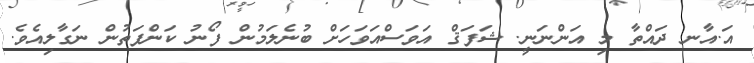
އަ.އާނ ދައްތާ މި އަންނަނީ. ޝަފަޤް އަވަސްއަވަހަށް ބުނެލަމުން ފޯނު ކަންފަތުން ނަގާލިއެވެ.